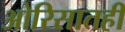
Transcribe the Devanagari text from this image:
ओरिसातही